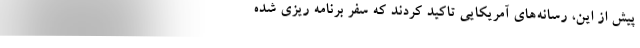
پیش از این، رسانه‌های آمریکایی تاکید کردند که سفر برنامه ریزی شده